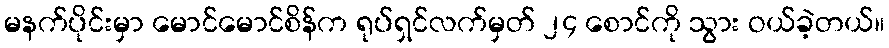
မနက်ပိုင်းမှာ မောင်မောင်စိန်က ရုပ်ရှင်လက်မှတ် ၂၄ စောင်ကို သွား ဝယ်ခဲ့တယ်။